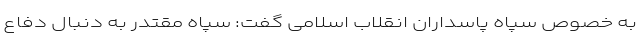
به خصوص سپاه پاسداران انقلاب اسلامی گفت: سپاه مقتدر به دنبال دفاع